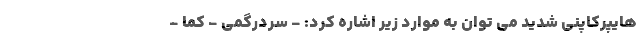
هایپرکاپنی شدید می توان به موارد زیر اشاره کرد: - سردرگمی - کما -